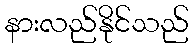
နားလည်နိုင်သည်